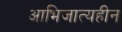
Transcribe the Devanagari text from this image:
आभिजात्यहीन